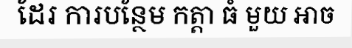
ដែរ ការបន្ថែម កត្តា ធំ មួយ អាច